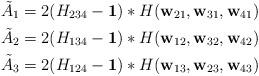
LaTeX: \begin{align*}\tilde{A}_1 &= 2(H_{234} - \mathbf{1}) * H(\mathbf{w}_{21}, \mathbf{w}_{31}, \mathbf{w}_{41}) \\\tilde{A}_2 &= 2(H_{134} - \mathbf{1}) * H(\mathbf{w}_{12}, \mathbf{w}_{32}, \mathbf{w}_{42}) \\\tilde{A}_3 &= 2(H_{124} - \mathbf{1}) * H(\mathbf{w}_{13}, \mathbf{w}_{23}, \mathbf{w}_{43})\end{align*}